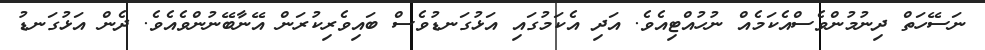
ނަސޭހަތް ދިނުމުންވެސްއެކަމެއް ނުހުއްޓިއެވެ. އަދި އެކަމުގައި އަޅުގަނޑުވެސް ބައިވެރިކުރަން އޭނާބޭނުންވެއެވެ. ދެން އަޅުގަނޑު